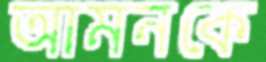
আমনকে